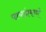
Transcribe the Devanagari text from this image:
पायांप्रमाणे